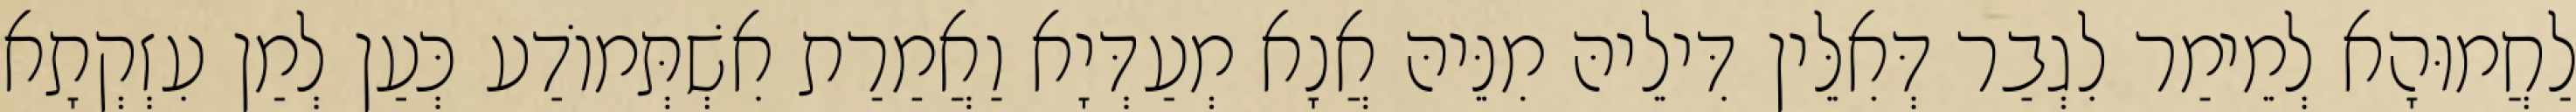
לַחֲמוּהָא לְמֵימַר לִגְבַר דְּאִלֵּין דִּילֵיהּ מִנֵּיהּ אֲנָא מְעַדְּיָא וַאֲמַרַת אִשְׁתְּמוֹדַע כְּעַן לְמַן עִזְקְתָא